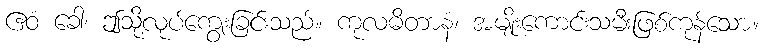
ဧဝံ ခေါ၊ ဤသို့လုပ်ကျွေးခြင်းသည်။ ကုလဓိတာနံ၊ အမျိုးကောင်းသမီးဖြစ်ကုန်သော။